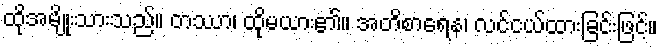
ထိုအမျိုးသားသည်။ တဿာ၊ ထိုမယား၏။ အတိစာရေန၊ လင်ငယ်ထားခြင်းဖြင့်။